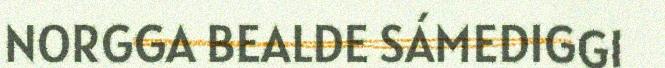
NORGGA BEALDE SÁMEDIGGI